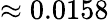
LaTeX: \approx 0.0158